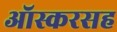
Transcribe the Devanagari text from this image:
ऑस्करसह